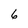
Character: 6